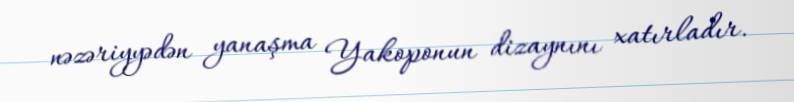
nəzəriyyədən yanaşma Yakoponun dizaynını xatırladır.